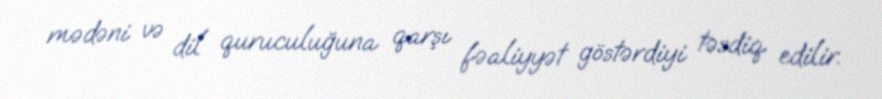
mədəni və dil quruculuğuna qarşı fəaliyyət göstərdiyi təsdiq edilir.